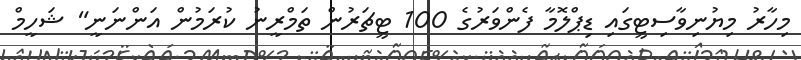
މިހާރު މިޔުނިވާސިޓީގައި ޑިޕްލޮމާ ފެންވަރުގެ 100 ޓީޗަރުން ތަމްރީނު ކުރަމުން އަަންނަނީ" ޝަހީމް